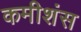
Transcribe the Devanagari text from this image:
कमीशंस